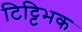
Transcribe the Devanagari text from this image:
टिट्टिभक